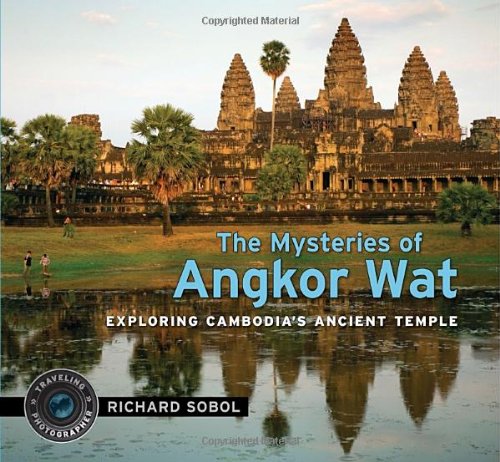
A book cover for The Mysteries of Angkor Wat (Traveling Photographer); Richard Sobol; Children's Books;